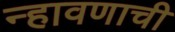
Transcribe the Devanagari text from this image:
न्हावणाची